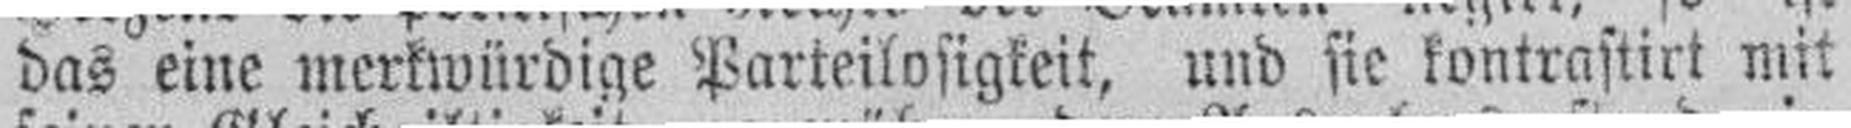
das eine merkwürdige Parteilosigkeit, und sie kontrastirt mit